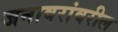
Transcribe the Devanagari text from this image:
जनावरांवरील